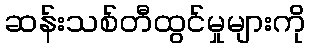
ဆန်းသစ်တီထွင်မှုများကို